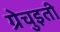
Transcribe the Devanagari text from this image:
ग्रेचुइती